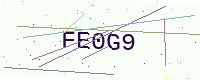
Text: FE0G9